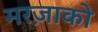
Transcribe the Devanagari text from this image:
मरज़ाको